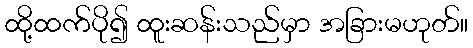
ထို့ထက်ပို၍ ထူးဆန်းသည်မှာ အခြားမဟုတ်။